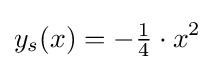
y_{s}(x)=-{\tfrac {1}{4}}\cdot x^{2}\,\!